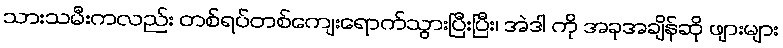
သားသမီးကလည်း တစ်ရပ်တစ်ကျေးရောက်သွားပြီးပြီး၊ အဲဒါ ကို အခုအချိန်ဆို ဖျားများ